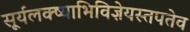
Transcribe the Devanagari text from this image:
सूर्यलक्ष्याभिविज्ञेयस्तपतेव